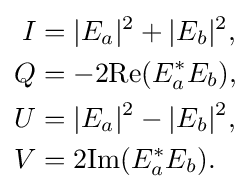
{\begin{aligned}I&=|E_{a}|^{2}+|E_{b}|^{2},\\Q&=-2\mathrm {Re} (E_{a}^{*}E_{b}),\\U&=|E_{a}|^{2}-|E_{b}|^{2},\\V&=2\mathrm {Im} (E_{a}^{*}E_{b}).\\\end{aligned}}